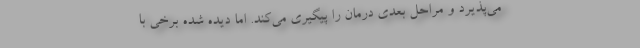
می‌پذیرد و مراحل بعدی درمان را پیگیری می‌کند. اما دیده شده برخی با